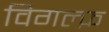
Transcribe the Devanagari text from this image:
विगल्फ़